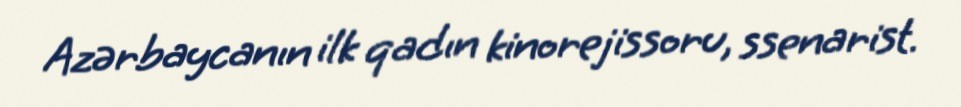
Azərbaycanın ilk qadın kinorejissoru, ssenarist.